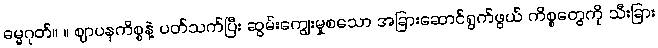
ဓမ္မဂုတ်။ ။ ဈာပနကိစ္စနဲ့ ပတ်သက်ပြီး ဆွမ်းကျွေးမှုစသော အခြားဆောင်ရွက်ဖွယ် ကိစ္စတွေကို သီးခြား